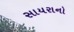
સાયરાનો